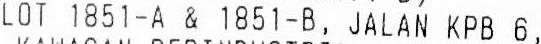
LOT 1851-A & 1851-B, JALAN KPB 6,